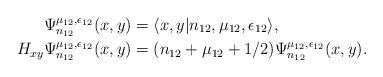
LaTeX: \begin{align*} \Psi_{n_{12}}^{\mu_{12},\epsilon_{12}}(x,y) &= \langle x,y|n_{12},\mu_{12},\epsilon_{12}\rangle,\\ H_{xy} \Psi_{n_{12}}^{\mu_{12},\epsilon_{12}}(x,y) &= (n_{12} + \mu_{12} + 1/2)\Psi_{n_{12}}^{\mu_{12},\epsilon_{12}}(x,y).\end{align*}